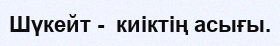
Шүкейт -  киіктің асығы.